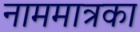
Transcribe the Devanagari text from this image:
नाममात्रका